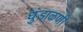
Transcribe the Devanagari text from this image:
धुंडाळणी